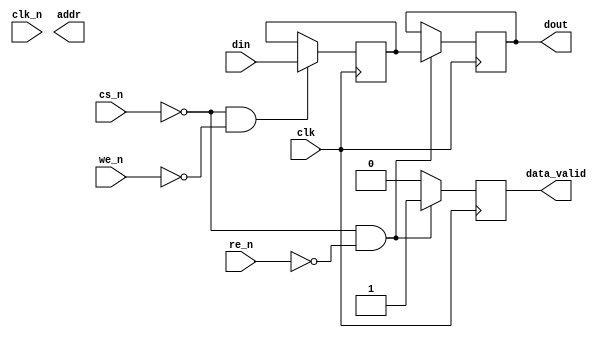
module gddr3_io_block #(
    parameter DATA_WIDTH = 8, // Width of data bus (x4, x8, etc.)
    parameter ADDR_WIDTH = 12  // Address width
)(
    input wire clk,                 // Clock signal
    input wire clk_n,               // Inverted clock signal for differential clocking
    input wire cs_n,                // Chip Select (active low)
    input wire we_n,                // Write Enable (active low)
    input wire re_n,                // Read Enable (active low)
    input wire [DATA_WIDTH-1:0] din, // Data input from the controller
    output reg [DATA_WIDTH-1:0] dout, // Data output to the controller
    output reg data_valid,          // Data valid signal
    output reg [ADDR_WIDTH-1:0] addr // Address bus
);

    // Internal registers for data buffering
    reg [DATA_WIDTH-1:0] data_buffer;
    reg [ADDR_WIDTH-1:0] address_buffer;

    // Read Data Path
    always @(posedge clk) begin
        if (!cs_n && !re_n) begin // Active read operation
            dout <= data_buffer; // Output the buffered data
            data_valid <= 1'b1;   // Indicate valid data
        end else begin
            data_valid <= 1'b0;   // No valid data
        end
    end

    // Write Data Path
    always @(posedge clk) begin
        if (!cs_n && !we_n) begin // Active write operation
            data_buffer <= din;    // Latch input data
            // Additional timing requirements should be handled here
        end
    end

    // Address Latching
    always @(posedge clk) begin
        if (!cs_n) begin // Active chip select
            address_buffer <= addr; // Latch address
        end
    end

    // Timing and Protocol Compliance
    // (This is a placeholder for timing checks; actual implementation will vary)
    initial begin
        // Timing parameters (tRAS, tRCD, tRP, tCAS) would be verified here
    end

    // Power Management
    // Implement low-power states (placeholder)
    always @(posedge clk or negedge cs_n) begin
        if (!cs_n) begin
            // Enter low power mode
        end else begin
            // Normal operation
        end
    end

    // Error Detection (placeholder for ECC implementation)
    // Implement ECC logic if needed

endmodule